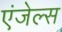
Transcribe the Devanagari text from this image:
एंजेल्‍स